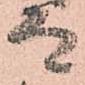
而